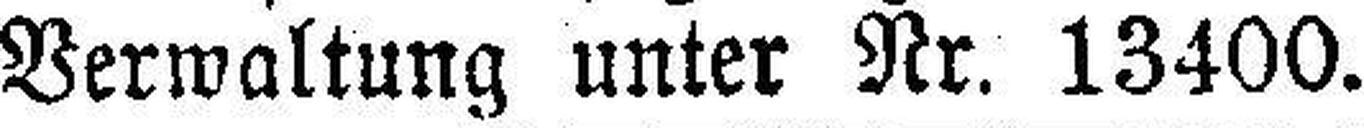
Verwaltung unter Nr. 13400.